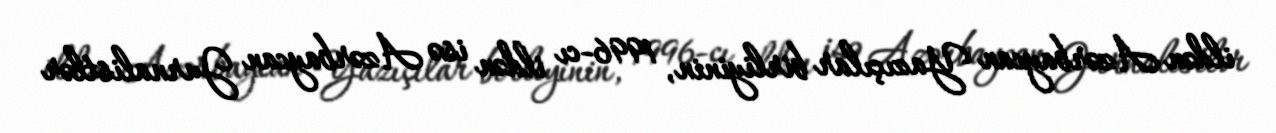
ildən Azərbaycan Yazıçılar birliyinin, 1996-cı ildən isə Azərbaycan Jurnalistlər